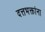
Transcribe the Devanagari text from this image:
दत्तभक्तांना